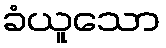
ခံယူသော